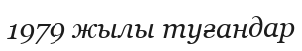
1979 жылы туғандар